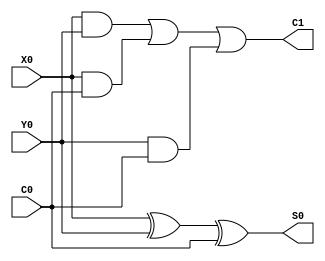
module FULL_ADDER(X0, Y0, C0, C1, S0);
    input X0, Y0, C0;
    output C1, S0;

    assign S0 = X0 ^ Y0 ^ C0;
    assign C1 = (X0 & Y0) | (X0 & C0) | (Y0 & C0);
endmodule